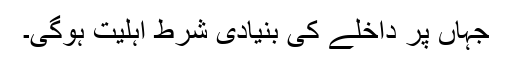
جہاں پر داخلے کی بنیادی شرط اہلیت ہوگی۔